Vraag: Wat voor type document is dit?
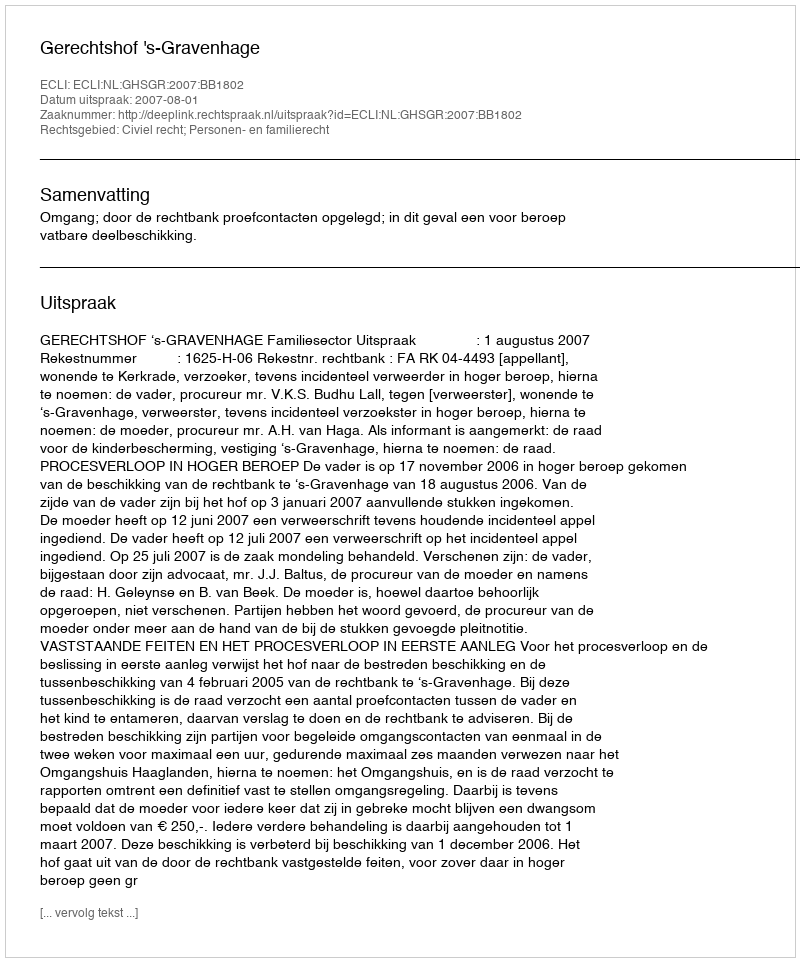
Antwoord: Uitspraak